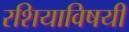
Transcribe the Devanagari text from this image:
रशियाविषयी